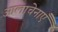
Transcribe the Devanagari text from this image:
आलाचेनाएँ